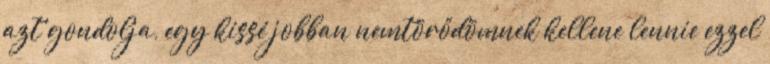
azt gondolja, egy kissé jobban nemtörődömnek kellene lennie ezzel